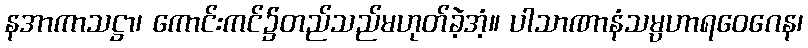
နအာကာသဋ္ဌာ၊ ကောင်းကင်၌တည်သည်မဟုတ်ခဲ့အံ့။ ပါသာဏာနံသမ္ပဟာရဝေဂေန၊